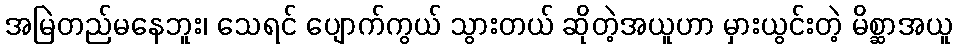
အမြဲတည်မနေဘူး၊ သေရင် ပျောက်ကွယ် သွားတယ် ဆိုတဲ့အယူဟာ မှားယွင်းတဲ့ မိစ္ဆာအယူ